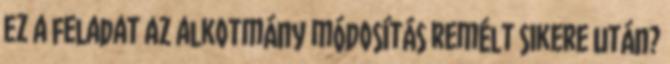
ez a feladat az alkotmány módosítás remélt sikere után?